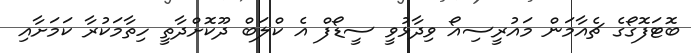
ބޮޓަފޮގޯގެ ޗެއާމަން މައުރީސިއޯ ވިދާޅުވީ ސީޑޯފް އެ ކްލަބް ދޫކޮށްދާތީ ހިތާމަކުރާ ކަމަށާއި